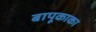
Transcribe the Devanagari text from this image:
बापूकाका